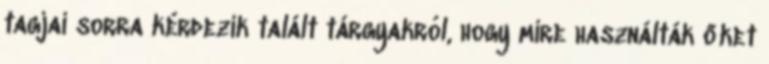
tagjai sorra kérdezik talált tárgyakról, hogy mire használták őket